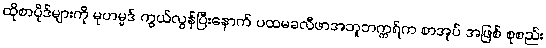
ထိုစာပိုဒ်များကို မုဟမ္မဒ် ကွယ်လွန်ပြီးနောက် ပထမခလီဖာအဘူဘက္ကရ်က စာအုပ် အဖြစ် စုစည်း